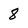
Character: 8